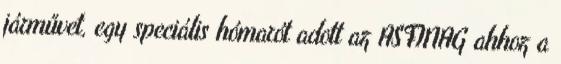
járművet, egy speciális hómarót adott az ASFINAG ahhoz a